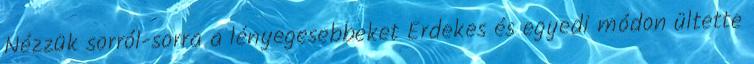
Nézzük sorról-sorra a lényegesebbeket Érdekes és egyedi módon ültette